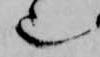
也